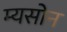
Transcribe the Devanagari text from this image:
म्यसोन